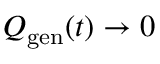
Q _ { \mathrm { g e n } } ( t ) \rightarrow 0